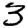
Digit: 3